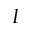
I